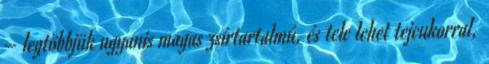
– legtöbbjük ugyanis magas zsírtartalmú, és tele lehet tejcukorral,